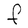
Character: F